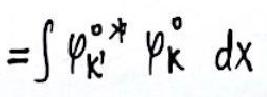
$=\int \varphi_{\mathbf{k}'}^{\circ *} \varphi_{\mathbf{k}}^{\circ} \mathrm{d}x$